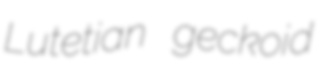
Lutetian geckoid